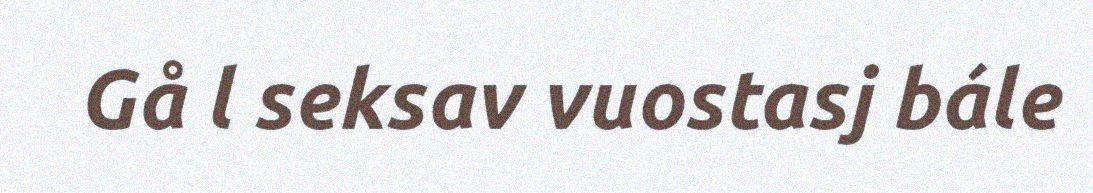
Gå l seksav vuostasj bále